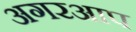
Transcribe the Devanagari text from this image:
अगरआप